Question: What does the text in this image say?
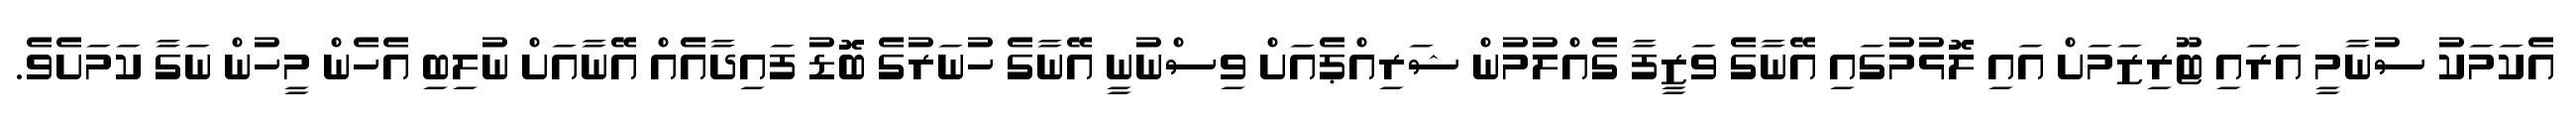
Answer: އެކަމަކު ސުނާމީ އަރައި ޓޫރިޒަމަށް އައި ލޮޅުމުގައި އޭނާގެ ވަޒީފާ ގެއްލުމުން ޝަރިއްޕެއަށް ވިސްނުނީ އޭނާގެ ހުނަރުގެ ބޮޑު ފައިދާއެއް އޭނާއަށް ނުލިބި އެހެން މީހުން ނަގާ ކަމަށެވެ.